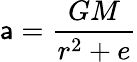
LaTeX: \mathsf{a}={\frac{{GM}}{{r^{2}+e}}}